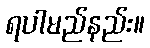
ရပါမည်နည်း။